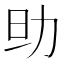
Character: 𠡎